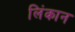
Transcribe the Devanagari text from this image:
लिंकान